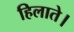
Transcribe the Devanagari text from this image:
हिलाते।